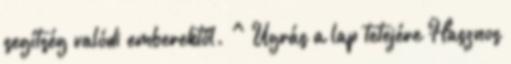
segítség valódi emberektől. ^ Ugrás a lap tetejére Hasznos